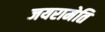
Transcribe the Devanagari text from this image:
जयरामेति